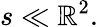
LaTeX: s\ll\mathbb{R}^{2}.